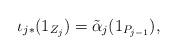
LaTeX: \begin{align*}\iota_{j*}(1_{Z_j})=\tilde{\alpha}_j(1_{P_{j-1}}),\end{align*}